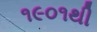
૧૯૦૧થી